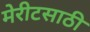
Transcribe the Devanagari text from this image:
मेरीटसाठी